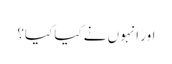
اور انہوں نے کیا کیا؟